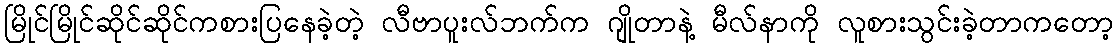
မြိုင်မြိုင်ဆိုင်ဆိုင်ကစားပြနေခဲ့တဲ့ လီဗာပူးလ်ဘက်က ဂျိုတာနဲ့ မီလ်နာကို လူစားသွင်းခဲ့တာကတော့